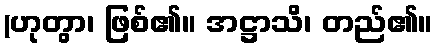
(ဟုတွာ၊ ဖြစ်၏။ အဋ္ဌာသိ၊ တည်၏။